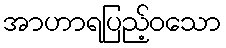
အာဟာရပြည့်ဝသော